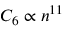
C _ { 6 } \propto n ^ { 1 1 }